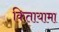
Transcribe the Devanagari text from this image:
कितायामा